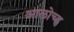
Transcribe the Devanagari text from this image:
आलोच्ह्न